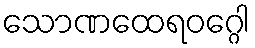
သောဏထေရဝဂ္ဂေါ